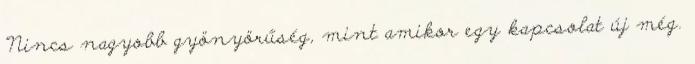
"Nincs nagyobb gyönyörűség, mint amikor egy kapcsolat új még.